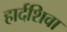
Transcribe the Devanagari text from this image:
हार्दशिवा